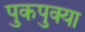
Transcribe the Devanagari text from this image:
पुकपुक्या